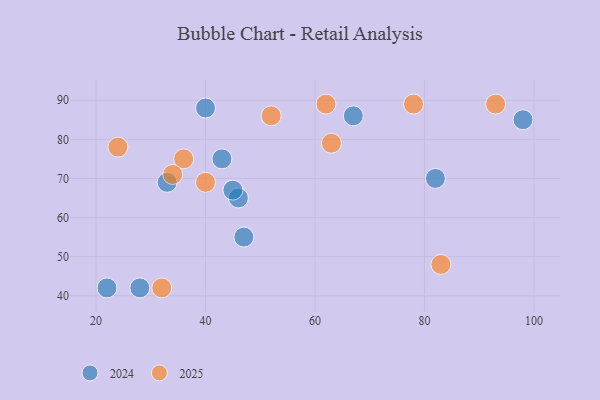
{"axis": {"x": "GDP", "y": "Life Expectancy"}, "legend": ["2024", "2025"], "data": [{"x": "63", "y": 79, "type": "2025"}, {"x": "24", "y": 78, "type": "2025"}, {"x": "93", "y": 89, "type": "2025"}, {"x": "36", "y": 75, "type": "2025"}, {"x": "62", "y": 89, "type": "2025"}, {"x": "32", "y": 42, "type": "2025"}, {"x": "78", "y": 89, "type": "2025"}, {"x": "83", "y": 48, "type": "2025"}, {"x": "40", "y": 69, "type": "2025"}, {"x": "52", "y": 86, "type": "2025"}, {"x": "34", "y": 71, "type": "2025"}, {"x": "40", "y": 88, "type": "2024"}, {"x": "98", "y": 85, "type": "2024"}, {"x": "46", "y": 65, "type": "2024"}, {"x": "45", "y": 67, "type": "2024"}, {"x": "22", "y": 42, "type": "2024"}, {"x": "33", "y": 69, "type": "2024"}, {"x": "43", "y": 75, "type": "2024"}, {"x": "47", "y": 55, "type": "2024"}, {"x": "28", "y": 42, "type": "2024"}, {"x": "82", "y": 70, "type": "2024"}, {"x": "67", "y": 86, "type": "2024"}]}